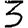
Digit: 3